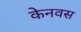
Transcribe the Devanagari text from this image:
केनवस